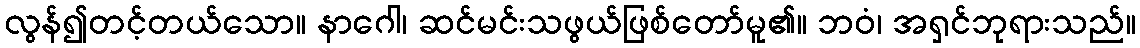
လွန်၍တင့်တယ်သော။ နာဂေါ၊ ဆင်မင်းသဖွယ်ဖြစ်တော်မူ၏။ ဘဝံ၊ အရှင်ဘုရားသည်။